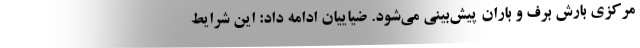
مرکزی بارش برف و باران پیش‌بینی می‌شود. ضیاییان ادامه داد: این شرایط